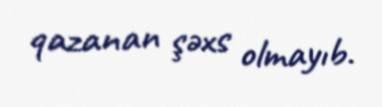
qazanan şəxs olmayıb.